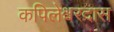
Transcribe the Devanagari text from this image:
कपिलेश्वरदास